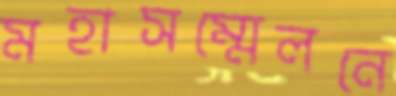
মহাসম্মেলনে